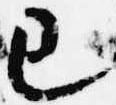
已